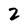
Character: 2